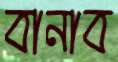
বানাব